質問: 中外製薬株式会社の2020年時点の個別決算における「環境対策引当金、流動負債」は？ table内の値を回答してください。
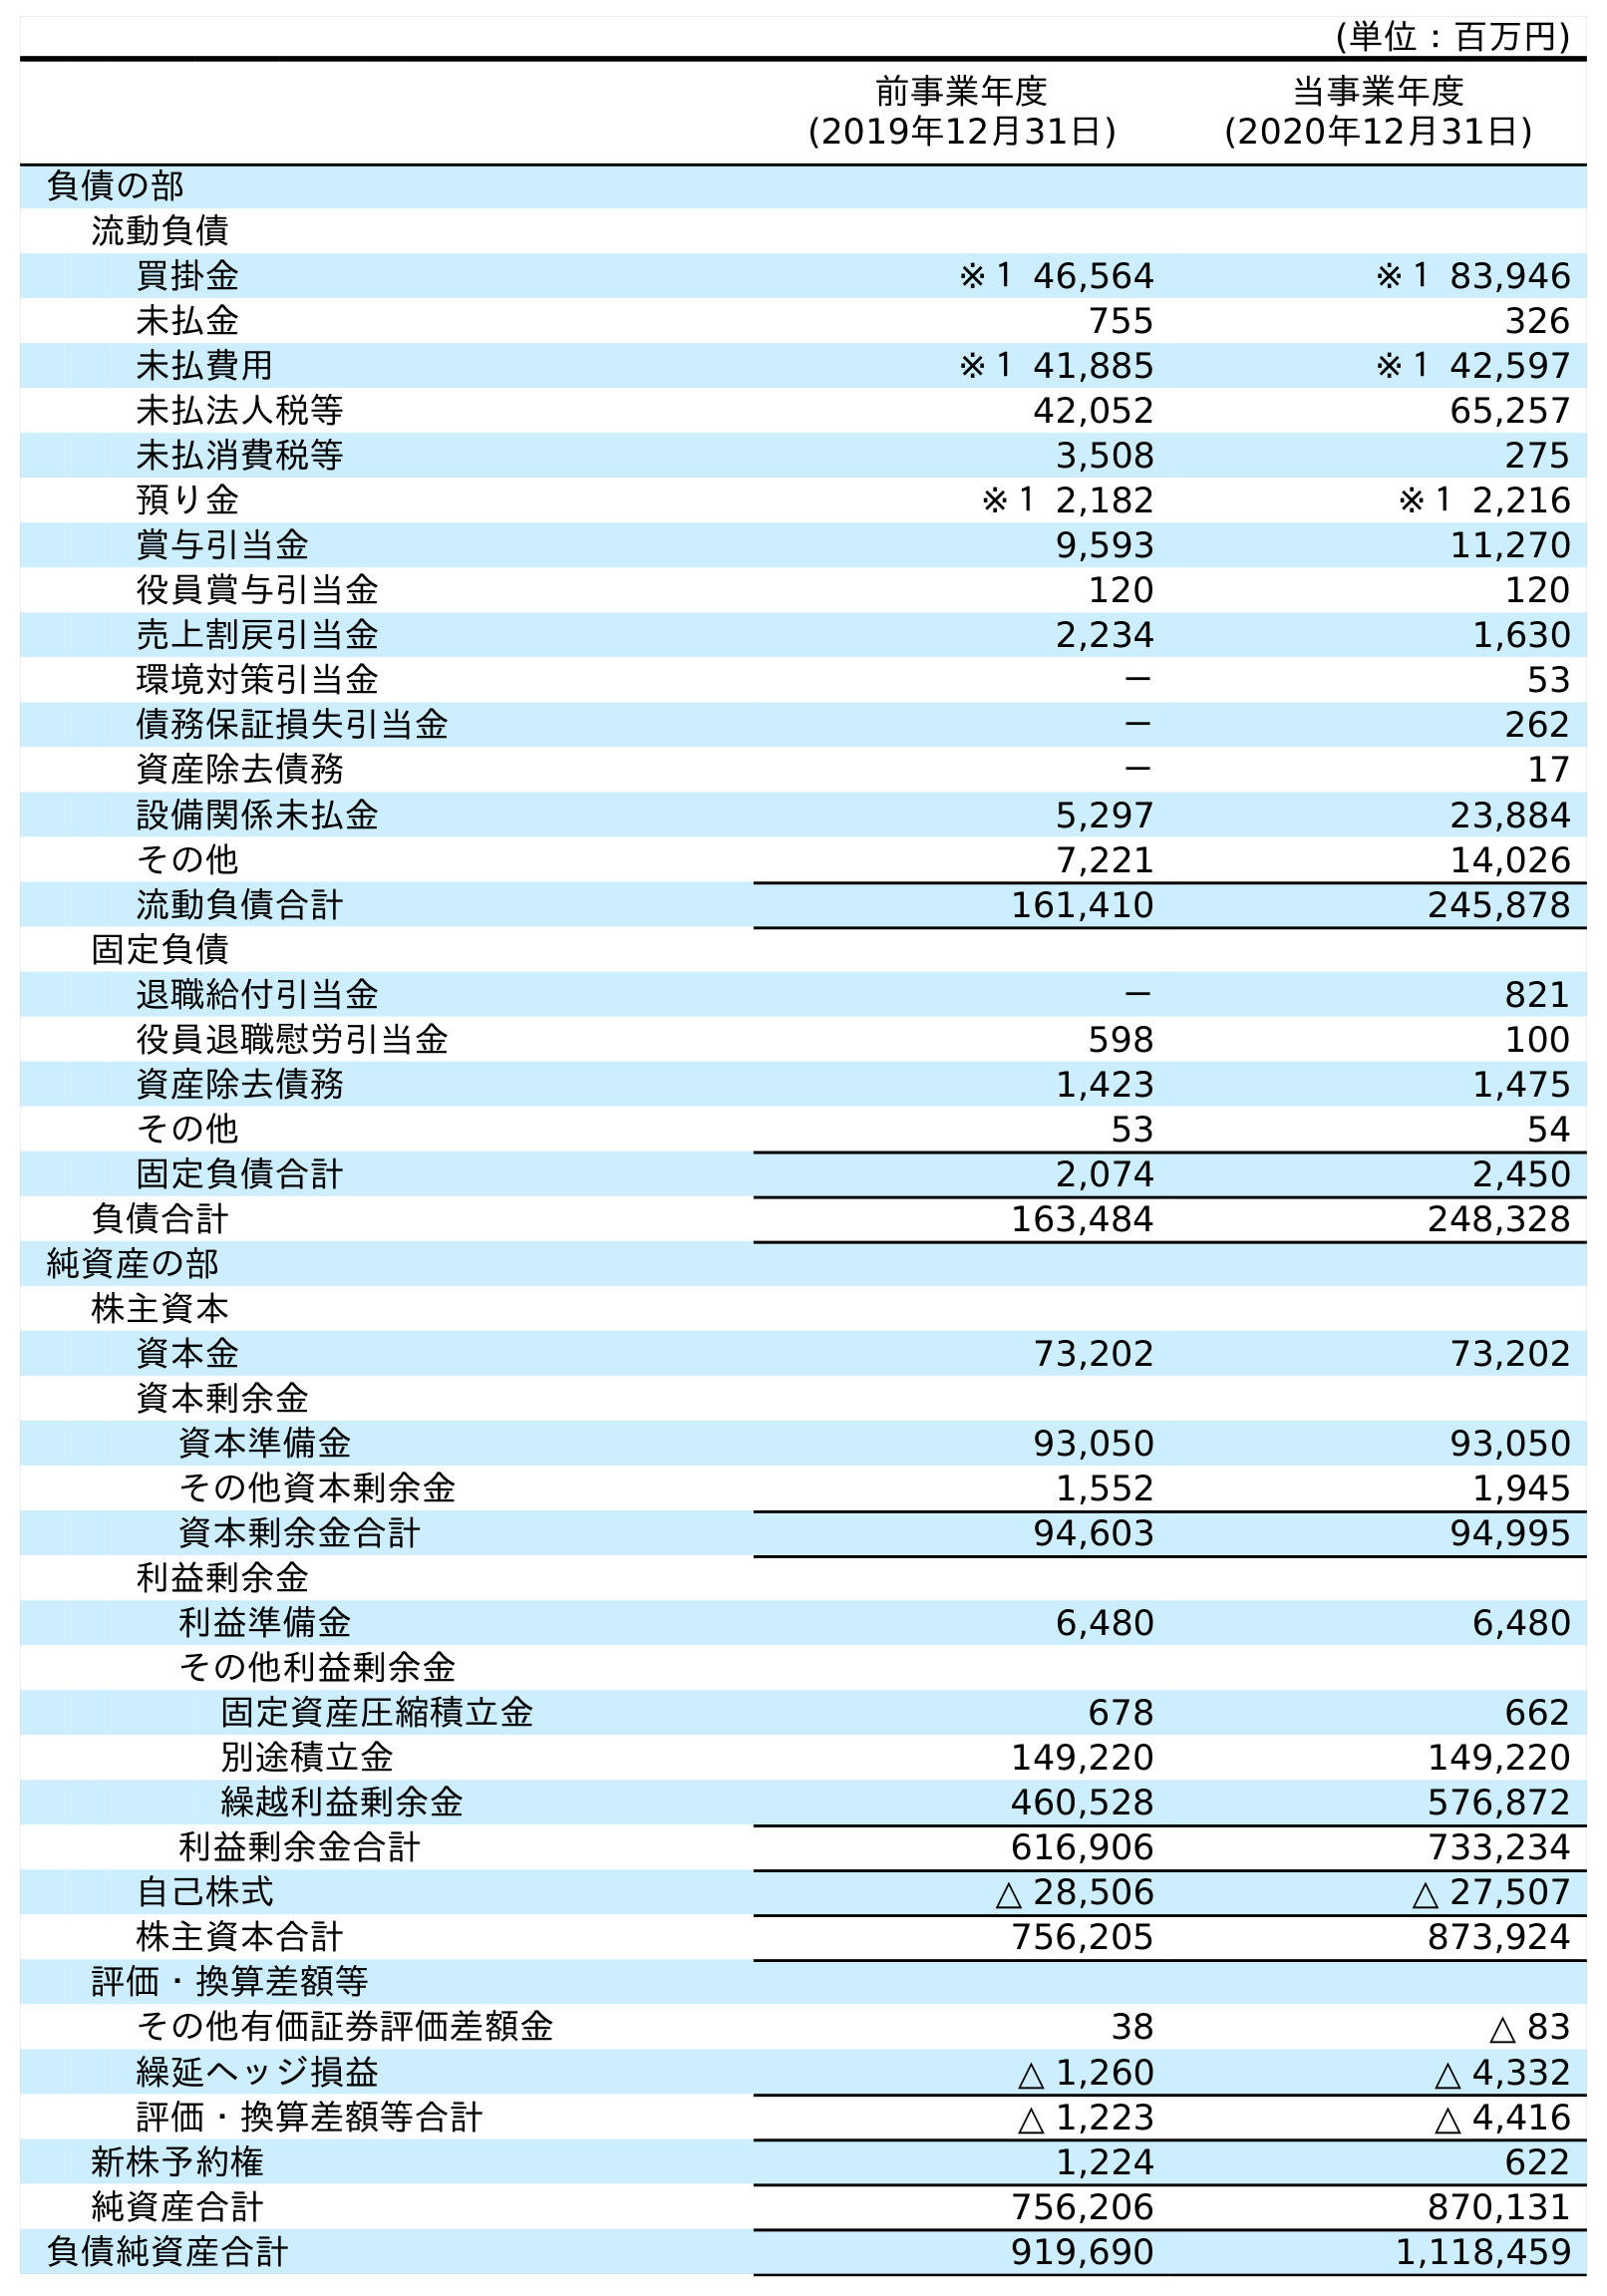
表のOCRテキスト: (単位：百万円) 前事業年度 (2019年12月31日) 当事業年度 (2020年12月31日) 負債の部 流動負債 買掛金 ※１ 46,564 ※１ 83,946 未払金 755 326 未払費用 ※１ 41,885 ※１ 42,597 未払法人税等 42,052 65,257 未払消費税等 3,508 275 預り金 ※１ 2,182 ※１ 2,216 賞与引当金 9,593 11,270 役員賞与引当金 120 120 売上割戻引当金 2,234 1,630 環境対策引当金 － 53 債務保証損失引当金 － 262 資産除去債務 － 17 設備関係未払金 5,297 23,884 その他 7,221 14,026 流動負債合計 161,410 245,878 固定負債 退職給付引当金 － 821 役員退職慰労引当金 598 100 資産除去債務 1,423 1,475 その他 53 54 固定負債合計 2,074 2,450 負債合計 163,484 248,328 純資産の部 株主資本 資本金 73,202 73,202 資本剰余金 資本準備金 93,050 93,050 その他資本剰余金 1,552 1,945 資本剰余金合計 94,603 94,995 利益剰余金 利益準備金 6,480 6,480 その他利益剰余金 固定資産圧縮積立金 678 662 別途積立金 149,220 149,220 繰越利益剰余金 460,528 576,872 利益剰余金合計 616,906 733,234 自己株式 △ 28,506 △ 27,507 株主資本合計 756,205 873,924 評価・換算差額等 その他有価証券評価差額金 38 △ 83 繰延ヘッジ損益 △ 1,260 △ 4,332 評価・換算差額等合計 △ 1,223 △ 4,416 新株予約権 1,224 622 純資産合計 756,206 870,131 負債純資産合計 919,690 1,118,459
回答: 53